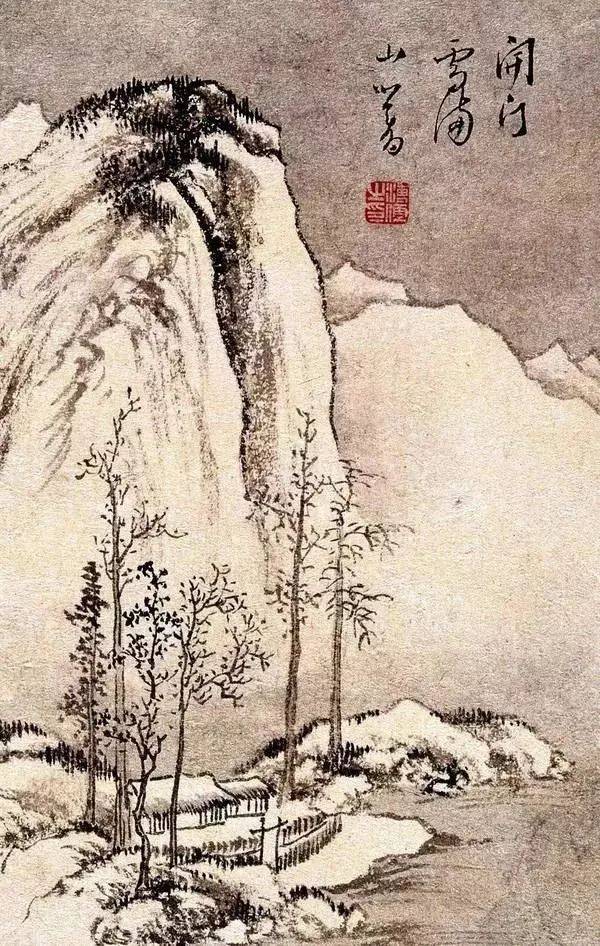
莫惊鸥鹭，四桥尽是，老子经行处。